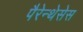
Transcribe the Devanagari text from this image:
पैरेन्थेसेस